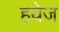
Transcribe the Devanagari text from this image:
हयेज